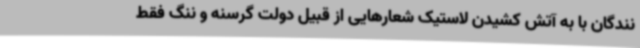
نندگان با به آتش کشیدن لاستیک شعارهایی از قبیل دولت گرسنه و ننگ فقط